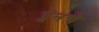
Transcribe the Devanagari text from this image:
ट्वेनचे